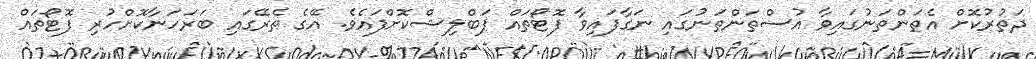
ދަތުރުކޮށް އެތަންތަނުގައިވާ އުސްތަންތަނުގައި ނަގާފައިވާ ފޮޓޯތައް ޕަބްލިޝްކޮށްފައެވެ. އޭގެ ތެރޭގައި ބަރަހަނާކޮށްހުރި ފޮޓޯތައް